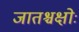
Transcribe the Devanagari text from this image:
जातश्चक्षोः